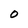
Character: 0